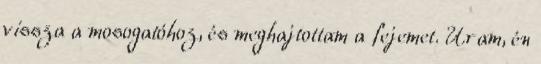
vissza a mosogatóhoz, és meghajtottam a fejemet. Uram, én